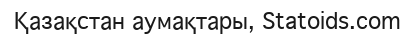
Қазақстан аумақтары, Statoids.com